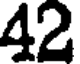
42